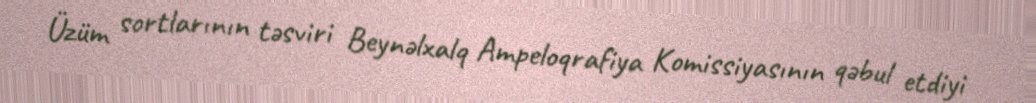
Üzüm sortlarının təsviri Beynəlxalq Ampeloqrafiya Komissiyasının qəbul etdiyi